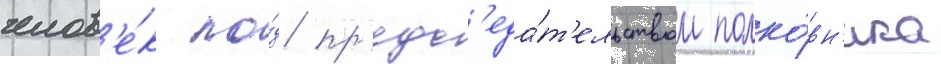
челов'е́к по́д пр'едс'еда́т'ельством полко́вн'ика